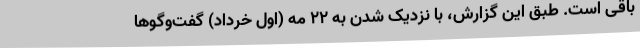
باقی است. طبق این گزارش، با نزدیک شدن به ۲۲ مه (اول خرداد) گفت‌وگوها